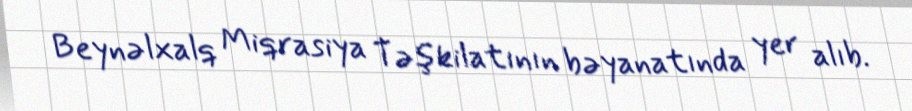
Beynəlxalq Miqrasiya Təşkilatının bəyanatında yer alıb.